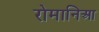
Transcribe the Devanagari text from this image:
रोमानिआ